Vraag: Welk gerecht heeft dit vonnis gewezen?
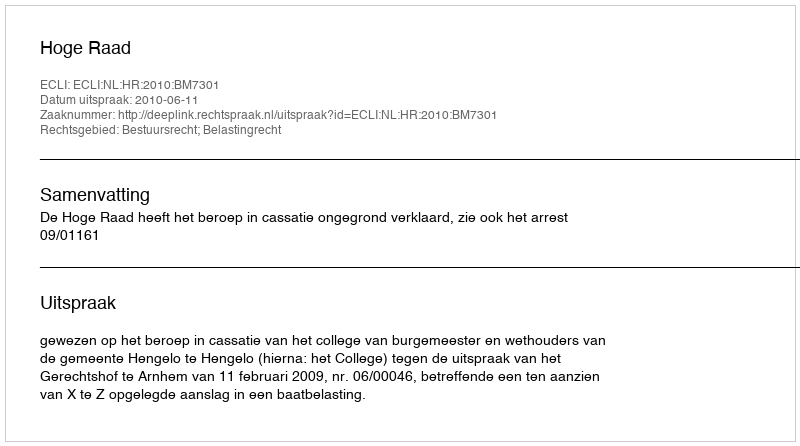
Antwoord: Hoge Raad